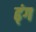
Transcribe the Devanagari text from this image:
ढ्ंग